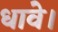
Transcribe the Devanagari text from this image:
धावे।